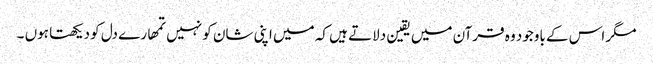
مگر اس کے باوجود وہ قرآن میں یقین دلاتے ہیں کہ میں اپنی شان کو نہیں تمھارے دل کو دیکھتا ہوں ۔